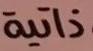
ذاتية